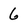
Character: 6